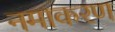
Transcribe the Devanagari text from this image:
नमाकरण